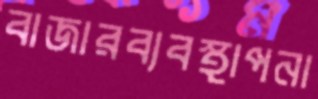
বাজারব্যবস্থাপনা